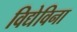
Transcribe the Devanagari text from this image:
विद्येविना